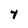
Character: 4